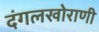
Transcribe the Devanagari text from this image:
दंगलखोराणी